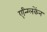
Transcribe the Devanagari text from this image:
एन्ग्लिकेंन